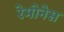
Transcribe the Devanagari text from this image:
रेमोनेस